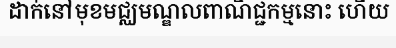
ដាក់នៅមុខមជ្ឈមណ្ឌលពាណិជ្ជកម្មនោះ ហើយ